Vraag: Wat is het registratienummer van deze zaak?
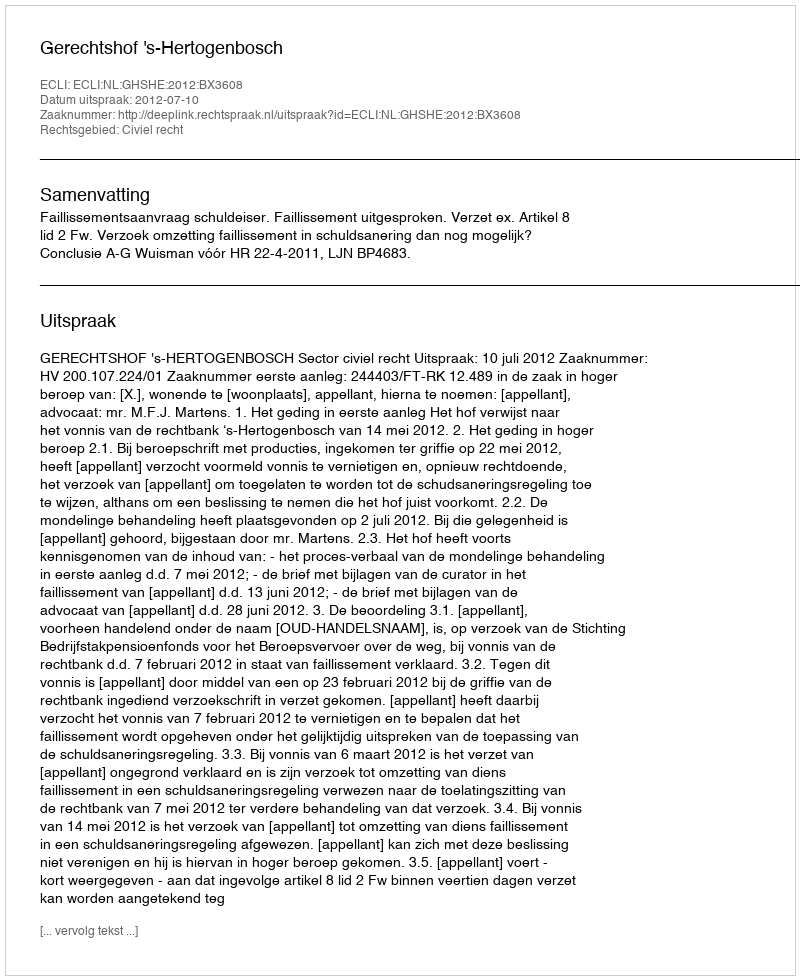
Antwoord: http://deeplink.rechtspraak.nl/uitspraak?id=ECLI:NL:GHSHE:2012:BX3608